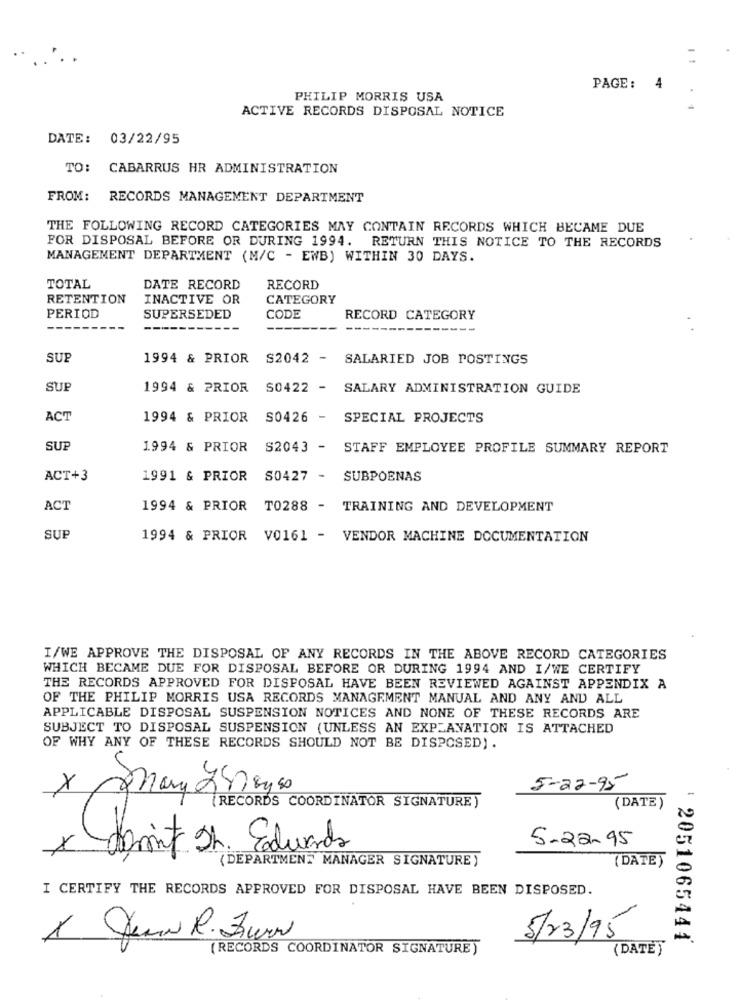
PAGE: 4
PHILIP MORRIS USA
ACTIVE RECORDS DISPOSAL NOTICE
DATE: 03/22/95
TO: CABARRUS HR ADMINISTRATION
FROM: RECORDS MANAGEMENT DEPARTMENT
THE FOLLOWING RECORD CATEGORIES MAY CONTAIN RECORDS WHICH BECAME DUE
FOR DISPOSAL BEFORE OR DURING 1994. RETURN THIS NOTICE TO THE RECORDS
MANAGEMENT DEPARTMENT (M/C - EWB) WITHIN 30 DAYS.
TOTAL
DATE RECORD
RECORD
RETENTION
INACTIVE OR
CATEGORY
PERIOD
SUPERSEDED
CODE
RECORD CATEGORY
---
---
SUP
1994 & PRIOR
S2042 - SALARIED JOB POSTINGS
SUP
1994 & PRIOR
S0422 -
SALARY ADMINISTRATION GUIDE
ACT
1994 & PRIOR
S0426 -
SPECIAL PROJECTS
SUP
1994 & PRIOR
S2043 - STAFF EMPLOYEE PROFILE SUMMARY REPORT
ACT+3
1991 & PRIOR
S0427 - SUBPOENAS
ACT
1994 & PRIOR TO288 - TRAINING AND DEVELOPMENT
SUP
1994 & PRIOR V0161 - VENDOR MACHINE DOCUMENTATION
I/WE APPROVE THE DISPOSAL OF ANY RECORDS IN THE ABOVE RECORD CATEGORIES
WHICH BECAME DUE FOR DISPOSAL BEFORE OR DURING 1994 AND I/WE CERTIFY
THE RECORDS APPROVED FOR DISPOSAL HAVE BEEN REVIEWED AGAINST APPENDIX A
OF THE PHILIP MORRIS USA RECORDS MANAGEMENT MANUAL AND ANY AND ALL
APPLICABLE DISPOSAL SUSPENSION NOTICES AND NONE OF THESE RECORDS ARE
SUBJECT TO DISPOSAL SUSPENSION (UNLESS AN EXPLANATION IS ATTACHED
OF WHY ANY OF THESE RECORDS SHOULD NOT BE DISPOSED).
X
Mary 2478940
5-22-95
( DATE )
(RECORDS COORDINATOR SIGNATURE )
5-22.95
x
Somit Sh. Eduardo
(DEPARTMENT MANAGER SIGNATURE )
(DATE)
I CERTIFY THE RECORDS APPROVED FOR DISPOSAL HAVE BEEN DISPOSED.
5/23/95
1 Juni R. Zurn
: 2051065441
(RECORDS COORDINATOR SIGNATURE)
(DATE)